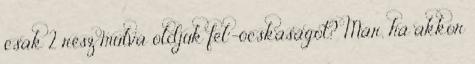
csak 2 rész múlva oldjuk fel”-ócskaságot? Már, ha akkor